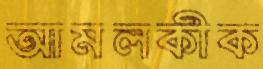
আমলকীক